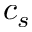
c _ { s }